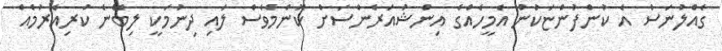
ގެއްލުނަސް އެ ކުންފުންޏަކުން އެމީހެއްގެ އިންޝުއަރެންސަށް ކޮންމެވެސް ލައި ދިނުމަކީ ލިބޭނެ ކުރިއެރުމެއް